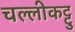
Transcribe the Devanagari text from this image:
चल्लीकट्टु